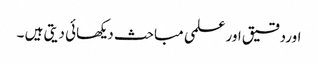
اوردقیق اور علمی مباحث دیکھائی دیتی ہیں ۔